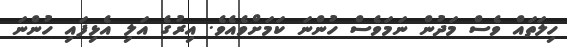
ހިލަތައް ވެސް މަދުން ނަމަވެސް ހުންނަ ކަމަށްވެއެވެ. އިރުގެ އަލި އެޅިފައި ހުންނަ